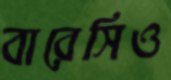
বারেসিও